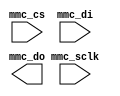
//

module mmc_disk(
		input mmc_cs, input mmc_di, output mmc_do, input mmc_sclk
		  );
   
endmodule // mmc_disk